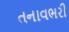
તનાવભરી